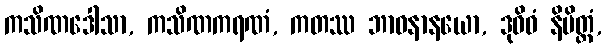
ကသိဏဒေါသာ, ကသိဏကရဏံ, ကတဿ ဘာဝနာနယော, ဒုဝိဓံ နိမိတ္တံ,